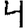
Digit: 4